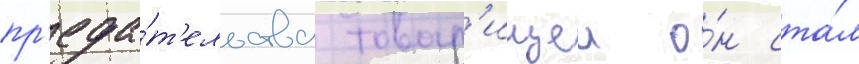
пр'еда́т'ельства товар'ищеи о́н ста́л